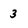
Character: 3